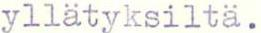
yllätyksiltä.